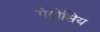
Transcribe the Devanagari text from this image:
गेद्रोसिय